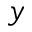
y